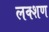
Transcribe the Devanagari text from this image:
लक्शण